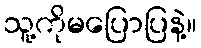
သူ့ကိုမပြောပြနဲ့။